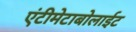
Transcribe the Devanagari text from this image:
एंटीमेटाबोलाईट